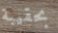
بحقيبة